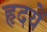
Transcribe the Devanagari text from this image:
हृदयें